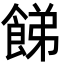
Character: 䬾